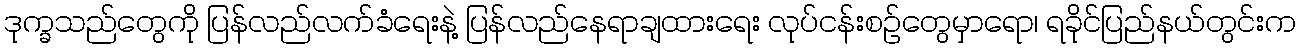
ဒုက္ခသည်တွေကို ပြန်လည်လက်ခံရေးနဲ့ ပြန်လည်နေရာချထားရေး လုပ်ငန်းစဉ်တွေမှာရော၊ ရခိုင်ပြည်နယ်တွင်းက